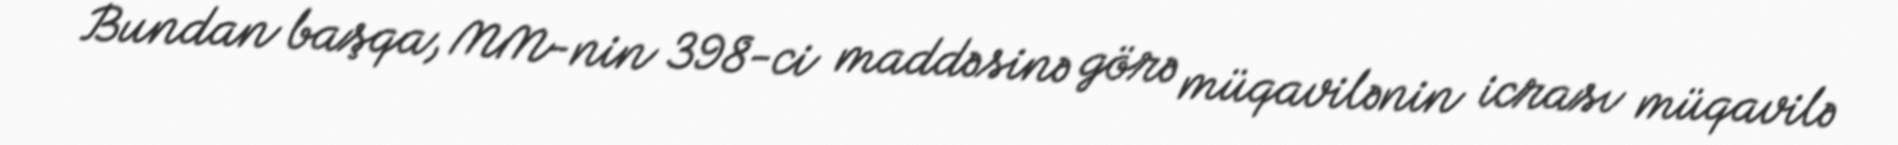
Bundan başqa, MM-nin 398-ci maddəsinə görə müqavilənin icrası müqavilə